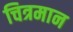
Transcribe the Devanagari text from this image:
चित्रमान